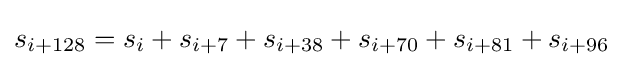
s_{i+128}=s_{i}+s_{i+7}+s_{i+38}+s_{i+70}+s_{i+81}+s_{i+96}